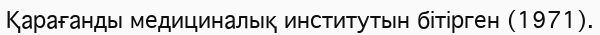
Қарағанды медициналық институтын бітірген (1971).